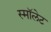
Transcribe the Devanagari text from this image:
स्माॅलेट